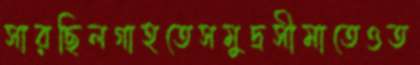
সারছিলগাহতেসমুদ্রসীমাতেওত